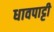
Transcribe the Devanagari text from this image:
धावपाट्टी